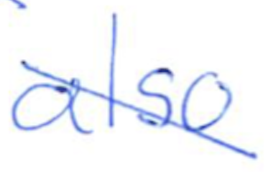
Text: also
Cross-out: diagonal
Writing tool: ballpoint